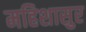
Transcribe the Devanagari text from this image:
महिशासुर